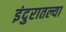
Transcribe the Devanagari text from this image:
इंदुरातल्या